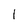
Character: 1